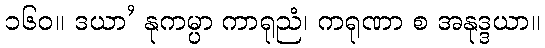
၁၆၀။ ဒယာ’ နုကမ္ပာ ကာရုညံ၊ ကရုဏာ စ အနုဒ္ဒယာ။